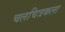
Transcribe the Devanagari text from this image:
चलचित्रकला